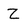
Character: Z